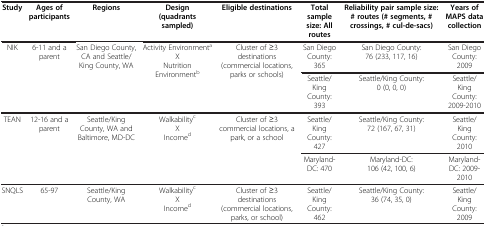
| Study | Ages of participants | Regions | Design (quadrants sampled) | Eligible destinations | Total sample size: All routes | Reliability pair sample size: # routes (# segments, # crossings, # cul-de-sacs) | Years of MAPS data collection |
 | --- | --- | --- | --- | --- | --- | --- | --- |
 | <ROWSPAN=2> NIK | <ROWSPAN=2> 6-11 and a parent | <ROWSPAN=2> San Diego County, CA and Seattle/King County, WA | <ROWSPAN=2> Activity EnvironmentaX Nutrition Environmentb | <ROWSPAN=2> Cluster of ≥3 destinations (commercial locations, parks or schools) | San Diego County: 365 | San Diego County: 76 (233, 117, 16) | San Diego County: 2009 |
 | Seattle/King County: 393 | Seattle/King County: 0 (0, 0, 0) | Seattle/King County: 2009-2010 |
 | <ROWSPAN=2> TEAN | <ROWSPAN=2> 12-16 and a parent | <ROWSPAN=2> Seattle/King County, WA and Baltimore, MD-DC | <ROWSPAN=2> WalkabilitycXIncomed | <ROWSPAN=2> Cluster of ≥3 commercial locations, a park, or a school | Seattle/King County: 427 | Seattle/King County: 72 (167, 67, 31) | Seattle/King County: 2010 |
 | Maryland-DC: 470 | Maryland-DC: 106 (42, 100, 6) | Maryland-DC: 2009-2010 |
 | SNQLS | 65-97 | Seattle/King County, WA | WalkabilitycXIncomed | Cluster of ≥3 destinations (commercial locations, parks, or school) | Seattle/King County: 462 | Seattle/King County: 36 (74, 35, 0) | Seattle/King County: 2009 |